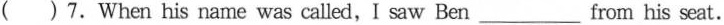
( )7.When his name was called,I saw Ben___from his seat.